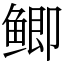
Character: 鲫